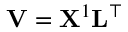
\mathbf { V } = \mathbf { X } ^ { 1 } \mathbf { L } ^ { \top }